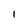
Character: l